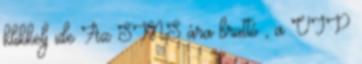
klikkelj ide Az SMS ára bruttó , a VIP